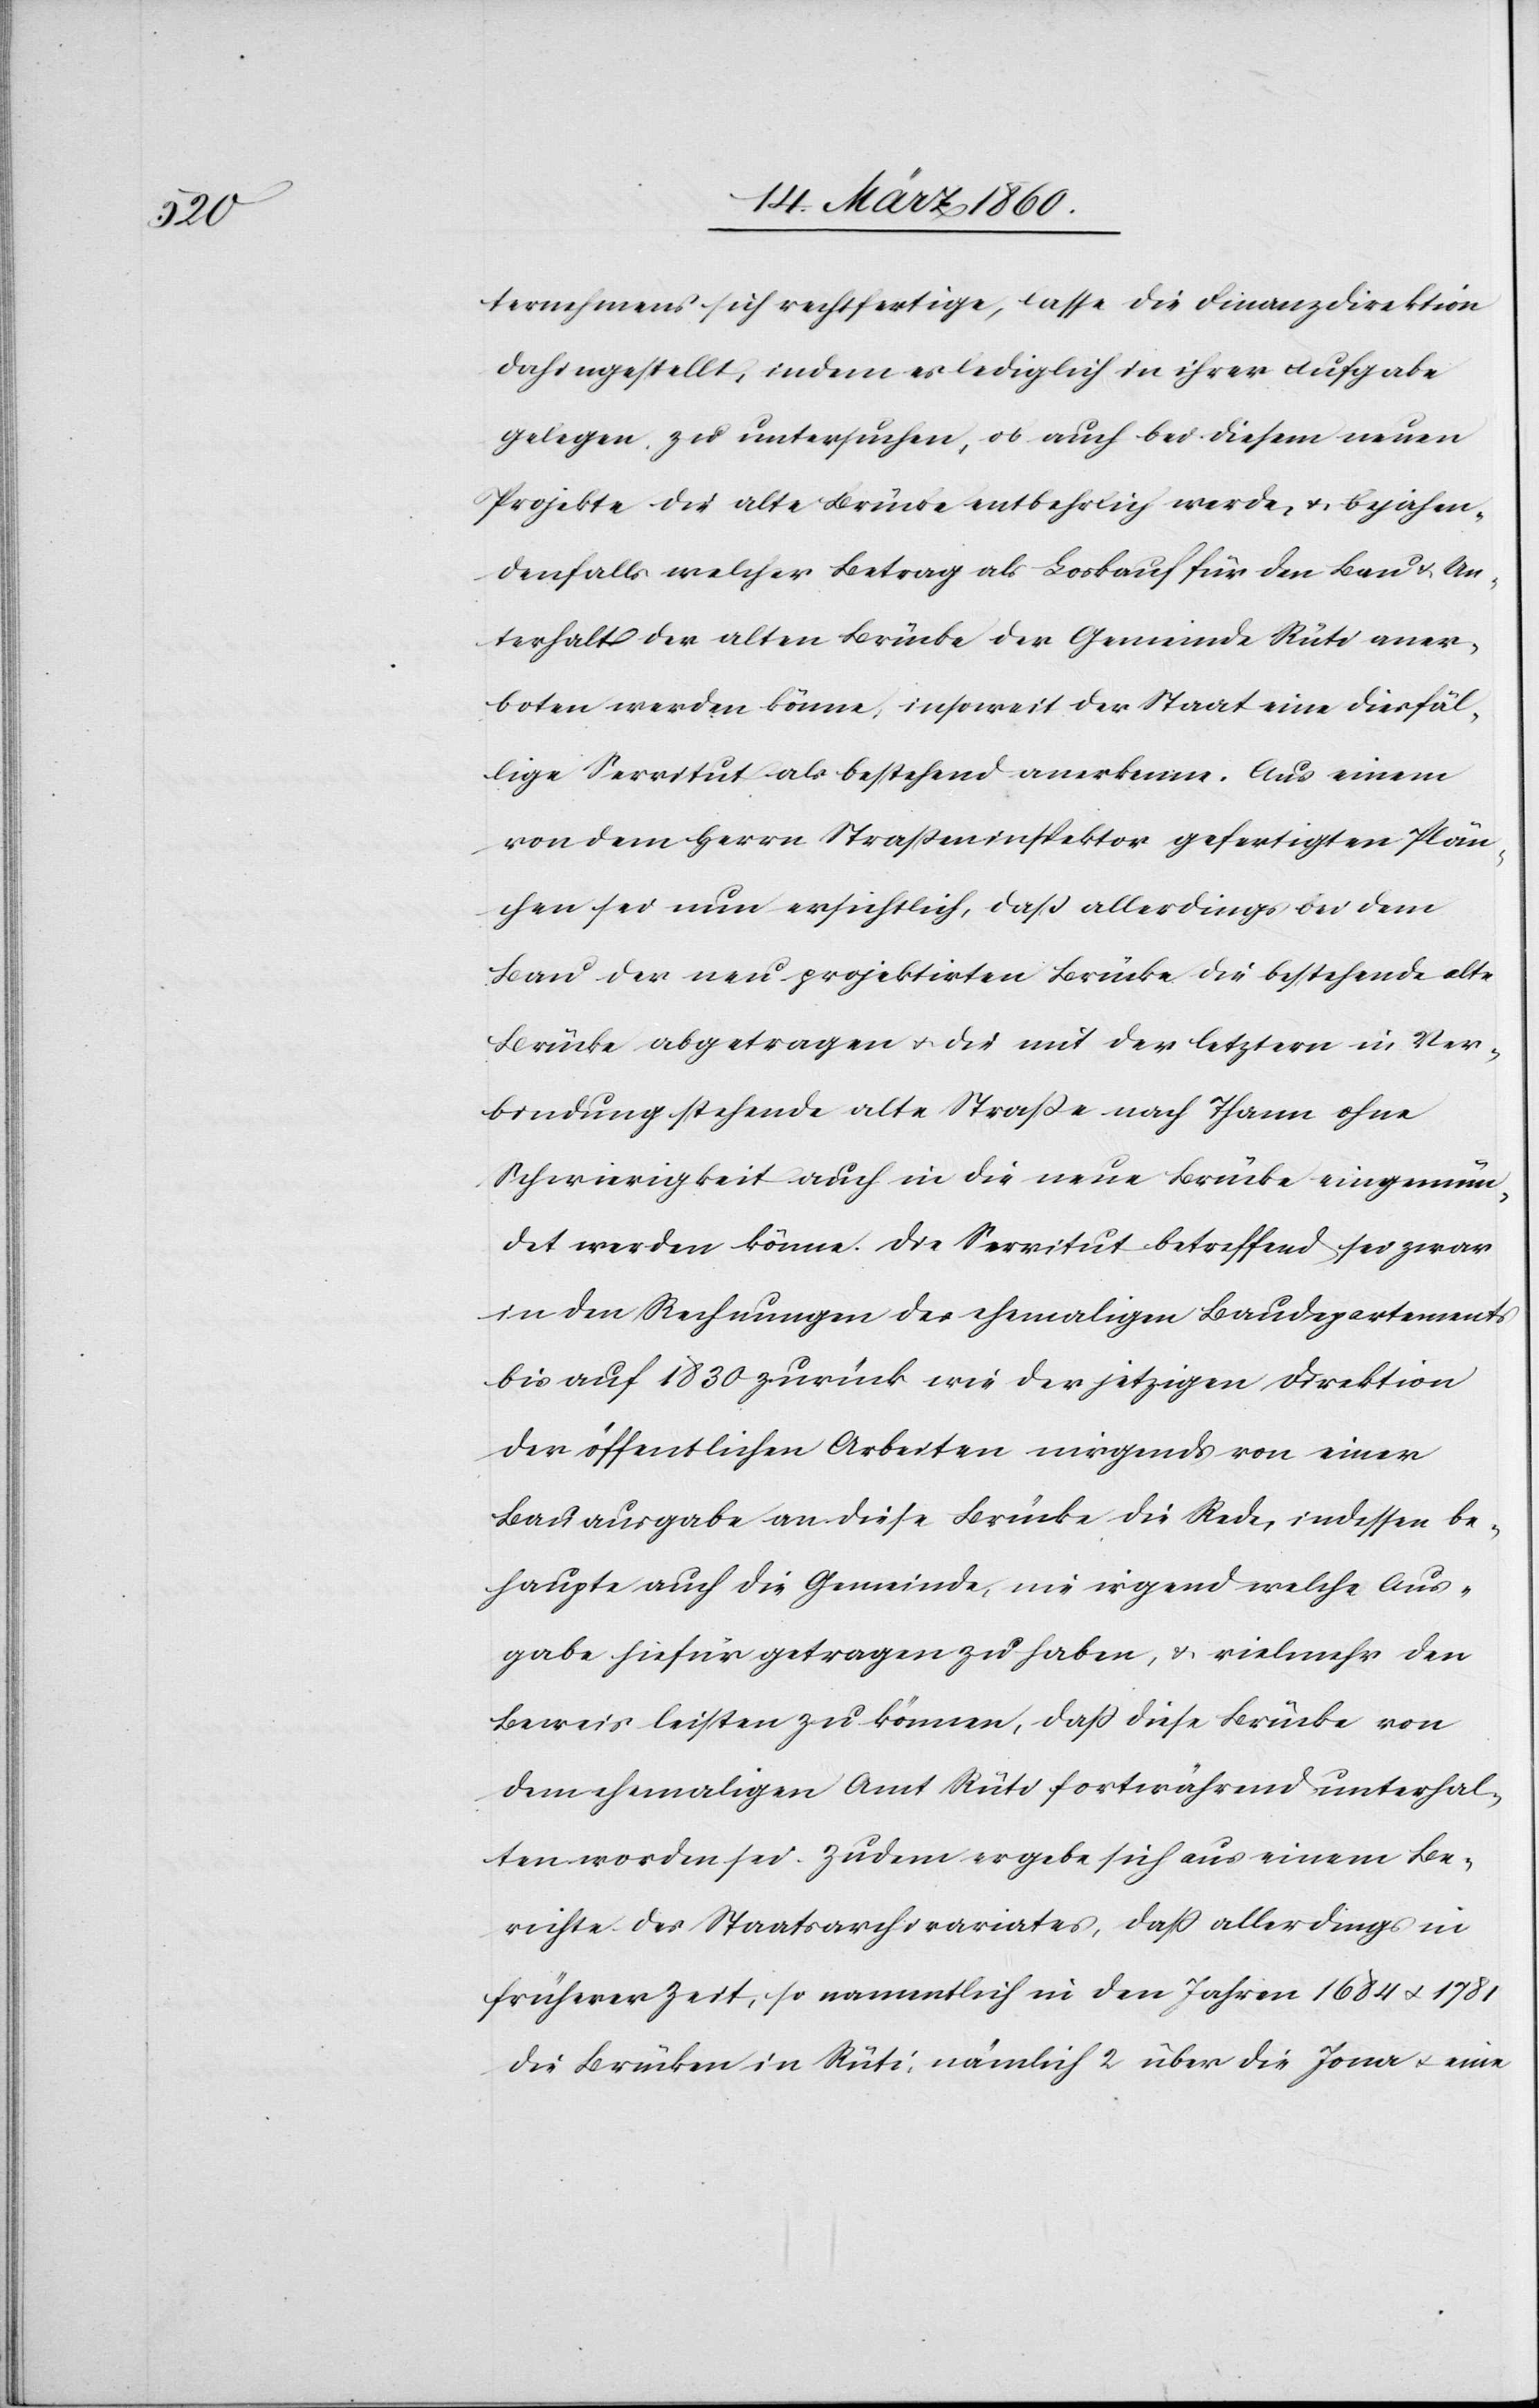
ternehmens sich rechtfertige, laße die Finanzdirektion
dahingestellt, indem es lediglich in ihrer Aufgabe
gelegen zu untersuchen, ob auch bei diesem neuen
Projekte die alte Brücke entbehrlich werde, u. bejahen¬
denfalls welcher Betrag als Loskauf für den Bau u. Un¬
terhalt der alten Brücke der Gemeinde Rüti aner¬
boten werden könne, insoweit der Staat eine diesfäl¬
lige Servitut als bestehend anerkenne. Aus einem
von dem Herrn Strasseninspektor gefertigten Plän¬
chen sei nun ersichtlich, daß allerdings bei dem
Bau der neu projektirten Brücke die bestehende alte
Brücke abgetragen u. die mit der letztern in Ver¬
bindung stehende alte Strasse nach Thann ohne
Schwierigkeit auch in die neue Brücke eingemün¬
det werden könne. Die Servitut betreffend sei zwar
in den Rechnungen des ehemaligen Baudepartements
bis auf 1830 zurück wie der jetzigen Direktion
der öffentlichen Arbeiten nirgends von einer
Bauausgabe an diese Brücke die Rede, indessen be¬
haupte auch die Gemeinde, nie irgend welche Aus¬
gabe hiefür getragen zu haben, u. vielmehr den
Beweis leisten zu können, dass diese Brücke von
dem ehemaligen Amt Rüti fortwährend unterhal¬
ten worden sei. Zudem ergebe sich aus einem Be¬
richte des Staatsarchivariates, dass allerdings in
früherer Zeit, so namentlich in den Jahren 1684 u. 1781
die Brücken in Rüti, nämlich 2 über die Jona u. eine